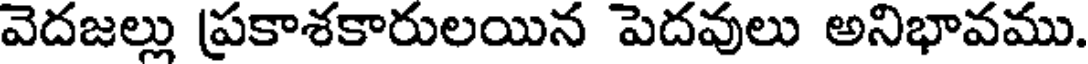
వెదజల్లు ప్రకాశకారులయిన పెదవులు అనిభావము.